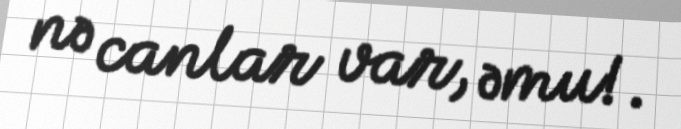
nə canlar var, əmu!.